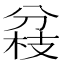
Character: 𠔢